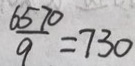
\frac { 6 5 7 0 } { 9 } = 7 3 0